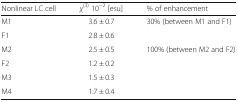
| Nonlinear LC cell | χ(3) 10−2 [esu] | % of enhancement |
 | --- | --- | --- |
 | M1 | 3.6 ± 0.7 | 30% (between M1 and F1) |
 | F1 | 2.8 ± 0.6 |  |
 | M2 | 2.5 ± 0.5 | 100% (between M2 and F2) |
 | F2 | 1.2 ± 0.2 |  |
 | M3 | 1.5 ± 0.3 |  |
 | M4 | 1.7 ± 0.4 |  |